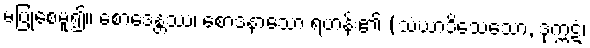
မပြုစေမူ၍။ စောဒေန္တဿ၊ စောဒနာသော ရဟန်း၏ (သံဃာဒိသေသော, ဒုက္ကဋံ၊